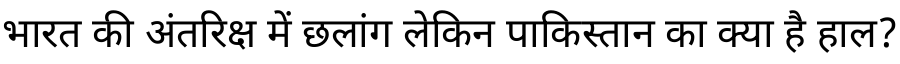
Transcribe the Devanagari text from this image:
भारत की अंतरिक्ष में छलांग लेकिन पाकिस्तान का क्या है हाल?